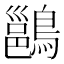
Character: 𪄉